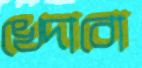
খেদাবো